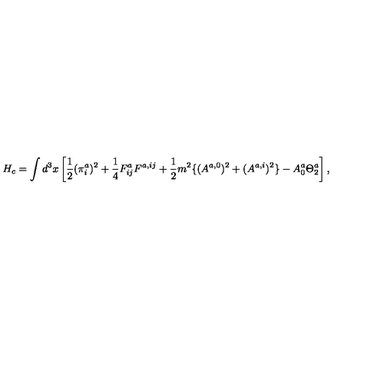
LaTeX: H _ { c } = \int d ^ { 3 } x \left[ \frac { 1 } { 2 } ( \pi _ { i } ^ { a } ) ^ { 2 } + \frac { 1 } { 4 } F _ { i j } ^ { a } F ^ { a , i j } + \frac { 1 } { 2 } m ^ { 2 } \{ ( A ^ { a , 0 } ) ^ { 2 } + ( A ^ { a , i } ) ^ { 2 } \} - A _ { 0 } ^ { a } \Theta _ { 2 } ^ { a } \right] ,